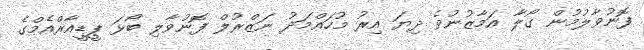
ފޮނުވާލުމުން ގޯލާ އަމާޒުނުވެ ދިޔަ އިރު މުހައްމަދު ނަޒްރުލް ފޮނުވާލި ބޯޅަ ޕީޑީއާރްއެމްގެ